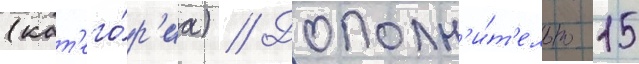
(кат'его́р'иа) // Дополн'и́т'ельно 15